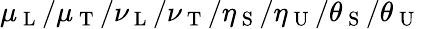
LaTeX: \mu_{\mathrm{~L~}}/\mu_{\mathrm{~T~}}/\nu_{\mathrm{~L~}}/\nu_{\mathrm{~T~}}/\eta_{\mathrm{~S~}}/\eta_{\mathrm{~U~}}/\theta_{\mathrm{~S~}}/\theta_{\mathrm{~U~}}